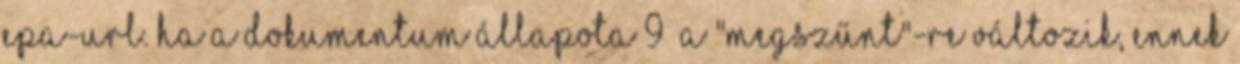
EPA-URL. Ha a dokumentum állapota 9 a "Megszűnt"-re változik, ennek